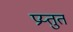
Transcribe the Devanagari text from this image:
प्रय्तुत